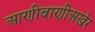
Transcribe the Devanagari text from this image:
आणीबाणीअखेर